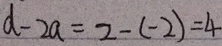
d - 2 a = 2 - ( - 2 ) = 4